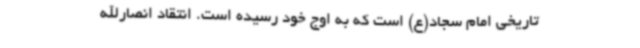
تاریخی امام سجاد(ع) است که به اوج خود رسیده است. انتقاد انصارالله